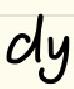
\(dy\)